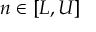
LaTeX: n \in [ L , U ]